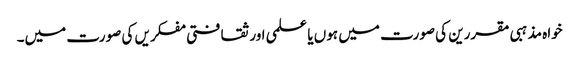
خواہ مذہبی مقررین کی صورت میں ہوں یا علمی اور ثقافتی مفکریں کی صورت میں۔